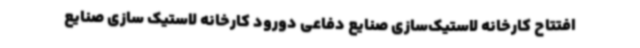
افتتاح کارخانه لاستیک‌سازی صنایع دفاعی دورود کارخانه لاستیک سازی صنایع